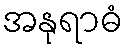
အနုရာဓံ